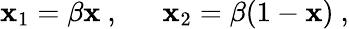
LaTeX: \mathbf{x}_{1}=\beta\mathbf{x}~,\ \ \ \ \ \ \mathbf{x}_{2}=\beta(1-\mathbf{x})~,